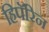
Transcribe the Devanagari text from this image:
हिपॅरिन